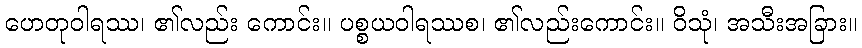
ဟေတုဝါရဿ၊ ၏လည်း ကောင်း။ ပစ္စယဝါရဿစ၊ ၏လည်းကောင်း။ ဝိသုံ၊ အသီးအခြား။